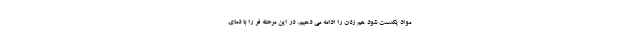
مواد یکدست شود هم زدن را ادامه می دهیم. در این مرحله فر را با دمای